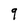
Character: q